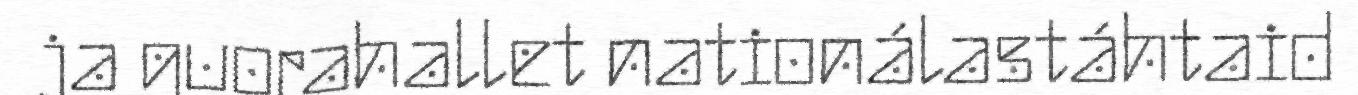
ja guorahallet nationálastáhtaid